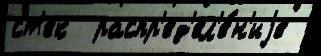
ст'ек  распр'ед'ел'е́н'иjе